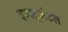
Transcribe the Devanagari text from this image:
इन्स्ट्रूमेंटल